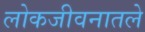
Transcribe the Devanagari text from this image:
लोकजीवनातले